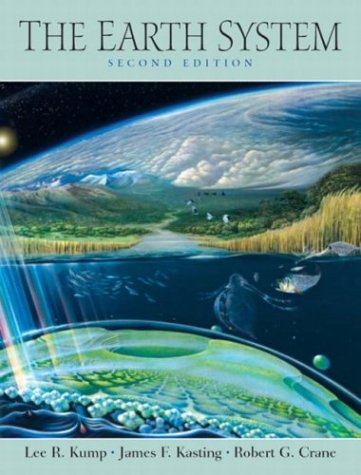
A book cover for Earth System, The (2nd Edition); Lee R. Kump; Science & Math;